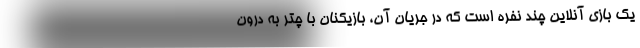
یک بازی آنلاین چند نفره است که در جریان آن، بازیکنان با چتر به درون